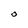
Character: o